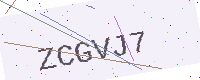
Text: ZCGVJ7